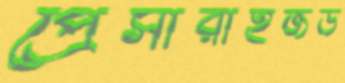
প্রেসারাইজড